Report on vaccination North-West Frontier Province 1904-1922 - 1904-1922
Year: 1904
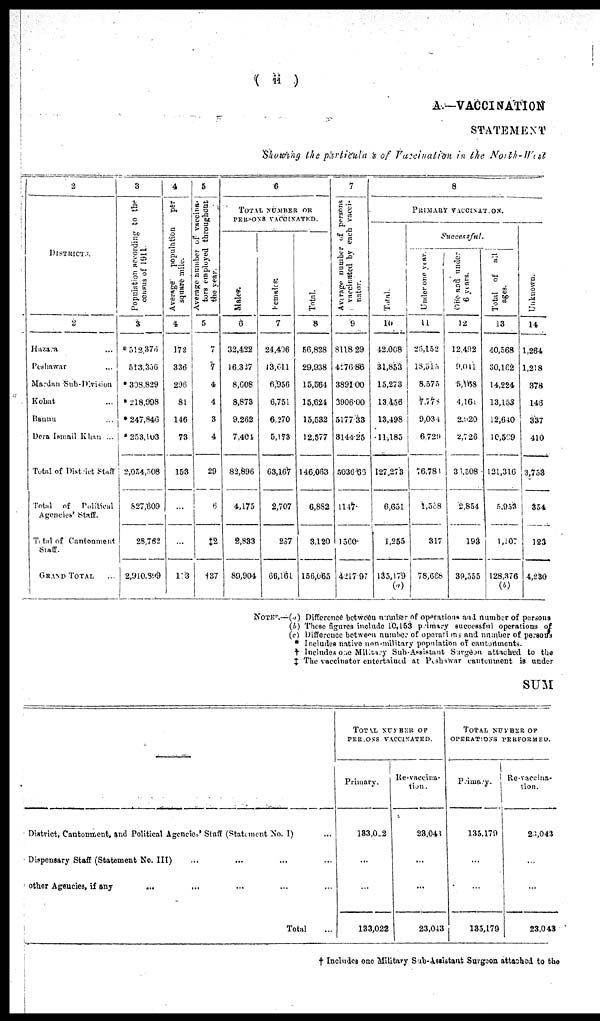
( ii )
A.—VACCINATION
STATEMENT
Showing the particulars of Vaccination in the North-West
2
DISTRICTS.
2
Hazara ...
Peshawar ...
Mardan Sub-Division
Kohat ...
Bannu ...
Dera Ismail Khan ...
Total of District Staff
Total
of
Political
agencies' Staff.
Total of Cantonment
Staff.
GRAND
TOTAL ...
3
Population according
to the
census of 1911.
3
*512,376
513,356
*308,829
*218,998
*247,846
*253,103
2,054,508
827,609
28,782
2,910,899
4
Average
population
per
square mile.
4
172
336
296
81
146
73
153
...
...
153
5
Average number of vaccina¬
tors employed throughout
the year.
5
7
7
4
4
3
4
29
...
‡2
†37
6
TOTAL NUMBER OF
PERSONS VACCINATED.
Males.
6
32,422
16,327
8,608
8,873
9,262
7,401
82,896
4,175
2,833
89,904
Females.
7
24,406
13,611
6,956
6,751
6,270
5,173
63,167
2,707
287
66,161
Total.
8
56,828
29,938
15,564
15,624
15,532
12,577
146,063
6,882
3,120
156,065
7
Average number of persons
vaccinated by each vacci¬
nator.
9
8118.29
4276.86
3891.00
3906.00
5177.33
3144.25
5036.66
1147.
1560.
4217.97
8
PRIMARY VACCINATION.
Total.
10
42,068
31,853
15,273
13,456
13,498
11,185
127,273
6,651
1,255
135,179
(a)
Successful.
Under one year.
11
26,l52
18,515
8,575
7,778
9,034
6,729
76,781
1,568
317
78,668
One and under
6 years.
12
12,492
9,011
5,168
4,165
2,520
2,726
36,508
2,854
193
39,555
Total of
all
ages.
13
40,568
30,162
14,224
13,153
12,640
10,569
121,316
5,953
1,107
128,376
(b)
Unknown.
14
1,264
1,218
378
146
337
410
3,753
354
123
4,230
NOTE.—(a) Difference between number of operations and number of persons
(b) These figures include 10,153 primary successful operations of
(c) Difference between number of operations and number of persons
* Includes native non-military population of cantonments.
† Includes one Military Sub-Assistant Surgeon attached to the
‡ The vaccinator entertained at Peshawar cantontment is under
SUM
District, Cantonment, and Political Agencies' Staff (Statement No. I) ...
Dispensary Staff (Statement No. III) ... ... ... ...
other Agencies, if any ... ... ... ... ... ...
Total ...
TOTAL NUMBER OF
PERSONS VACCINATED.
Primary.
133,022
...
...
133,022
Re-vaccina¬
tion.
23,043
...
...
23,043
TOTAL NUMBER OF
OPERATIONS PERFORMED.
Primary.
135,179
...
...
135,179
Re-vaccina-
tion.
23,043
...
...
23,043
† Includes one Military Sub-Assistant Surgeon attached to the